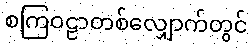
စကြဝဠာတစ်လျှောက်တွင်